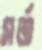
সর্ত